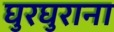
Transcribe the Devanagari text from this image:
घुरघुराना